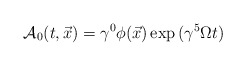
\begin{align*}{\cal A}_0 (t, \vec x) = \gamma^0 \phi (\vec x) \exp{(\gamma^5 \Omega t)}\end{align*}